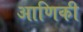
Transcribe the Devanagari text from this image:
आणिकी